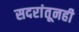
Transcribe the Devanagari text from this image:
सदरांतूनही